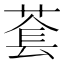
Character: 𬝑